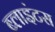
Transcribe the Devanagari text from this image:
ब्लाइंटस